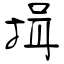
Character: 揖